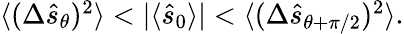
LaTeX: \begin{array}{r}{\langle(\Delta\hat{s}_{\theta})^{2}\rangle<|\langle\hat{s}_{0}\rangle|<\langle(\Delta\hat{s}_{\theta+\pi/2})^{2}\rangle.}\end{array}